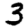
Digit: 3